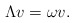
\begin{align*}\Lambda v = \omega v.\end{align*}